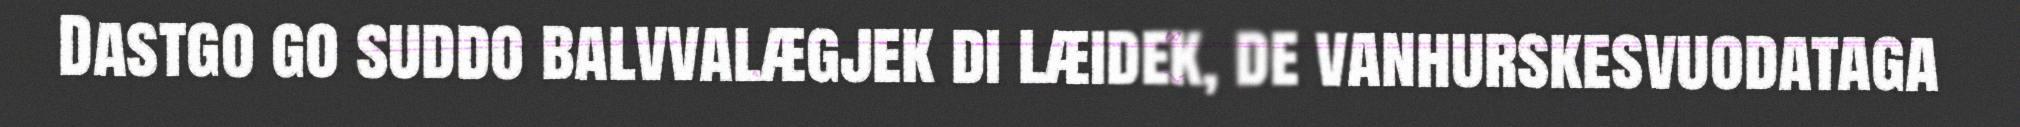
Dastgo go suddo balvvalægjek di læidek, de vanhurskesvuodataga